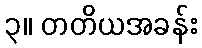
၃။ တတိယအခန်း